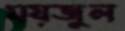
ময়জুল